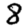
Digit: 8